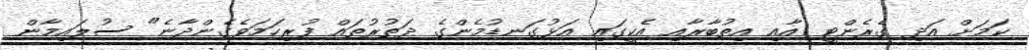
ކަމަށް އަދި ގެރެންޓީ އާއި އިތުބާރާއި އެކީގައި އަޅުގަނޑުމެންގެ ދަތުރުތައް ފުރިހަމަވެގެންދާނެ" ސުލައިމާން